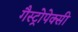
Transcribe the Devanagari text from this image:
गैस्ट्रोपेक्सी